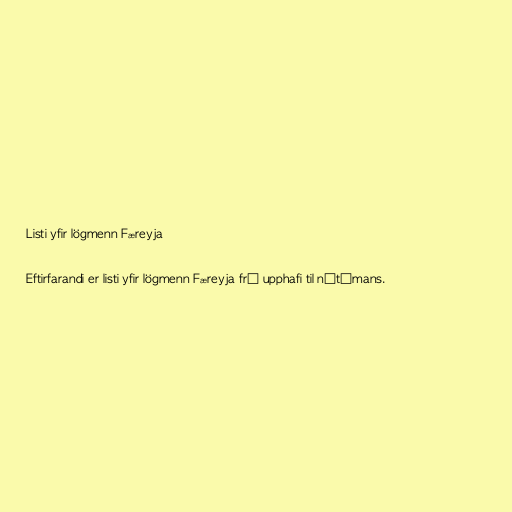
Listi yfir lögmenn Færeyja

Eftirfarandi er listi yfir lögmenn Færeyja frá upphafi til nútímans.